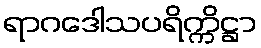
ရာဂဒေါသပရိက္ကိဋ္ဌာ